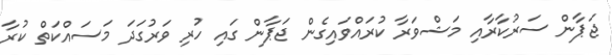
ޖަޕާން ސަރުކާރާއި މަޝްވަރާ ކުރައްވައިގެން ޖަޕާން ގައި ހުރި ވަރުގަދަ މަސައްކަތް ކުރާ